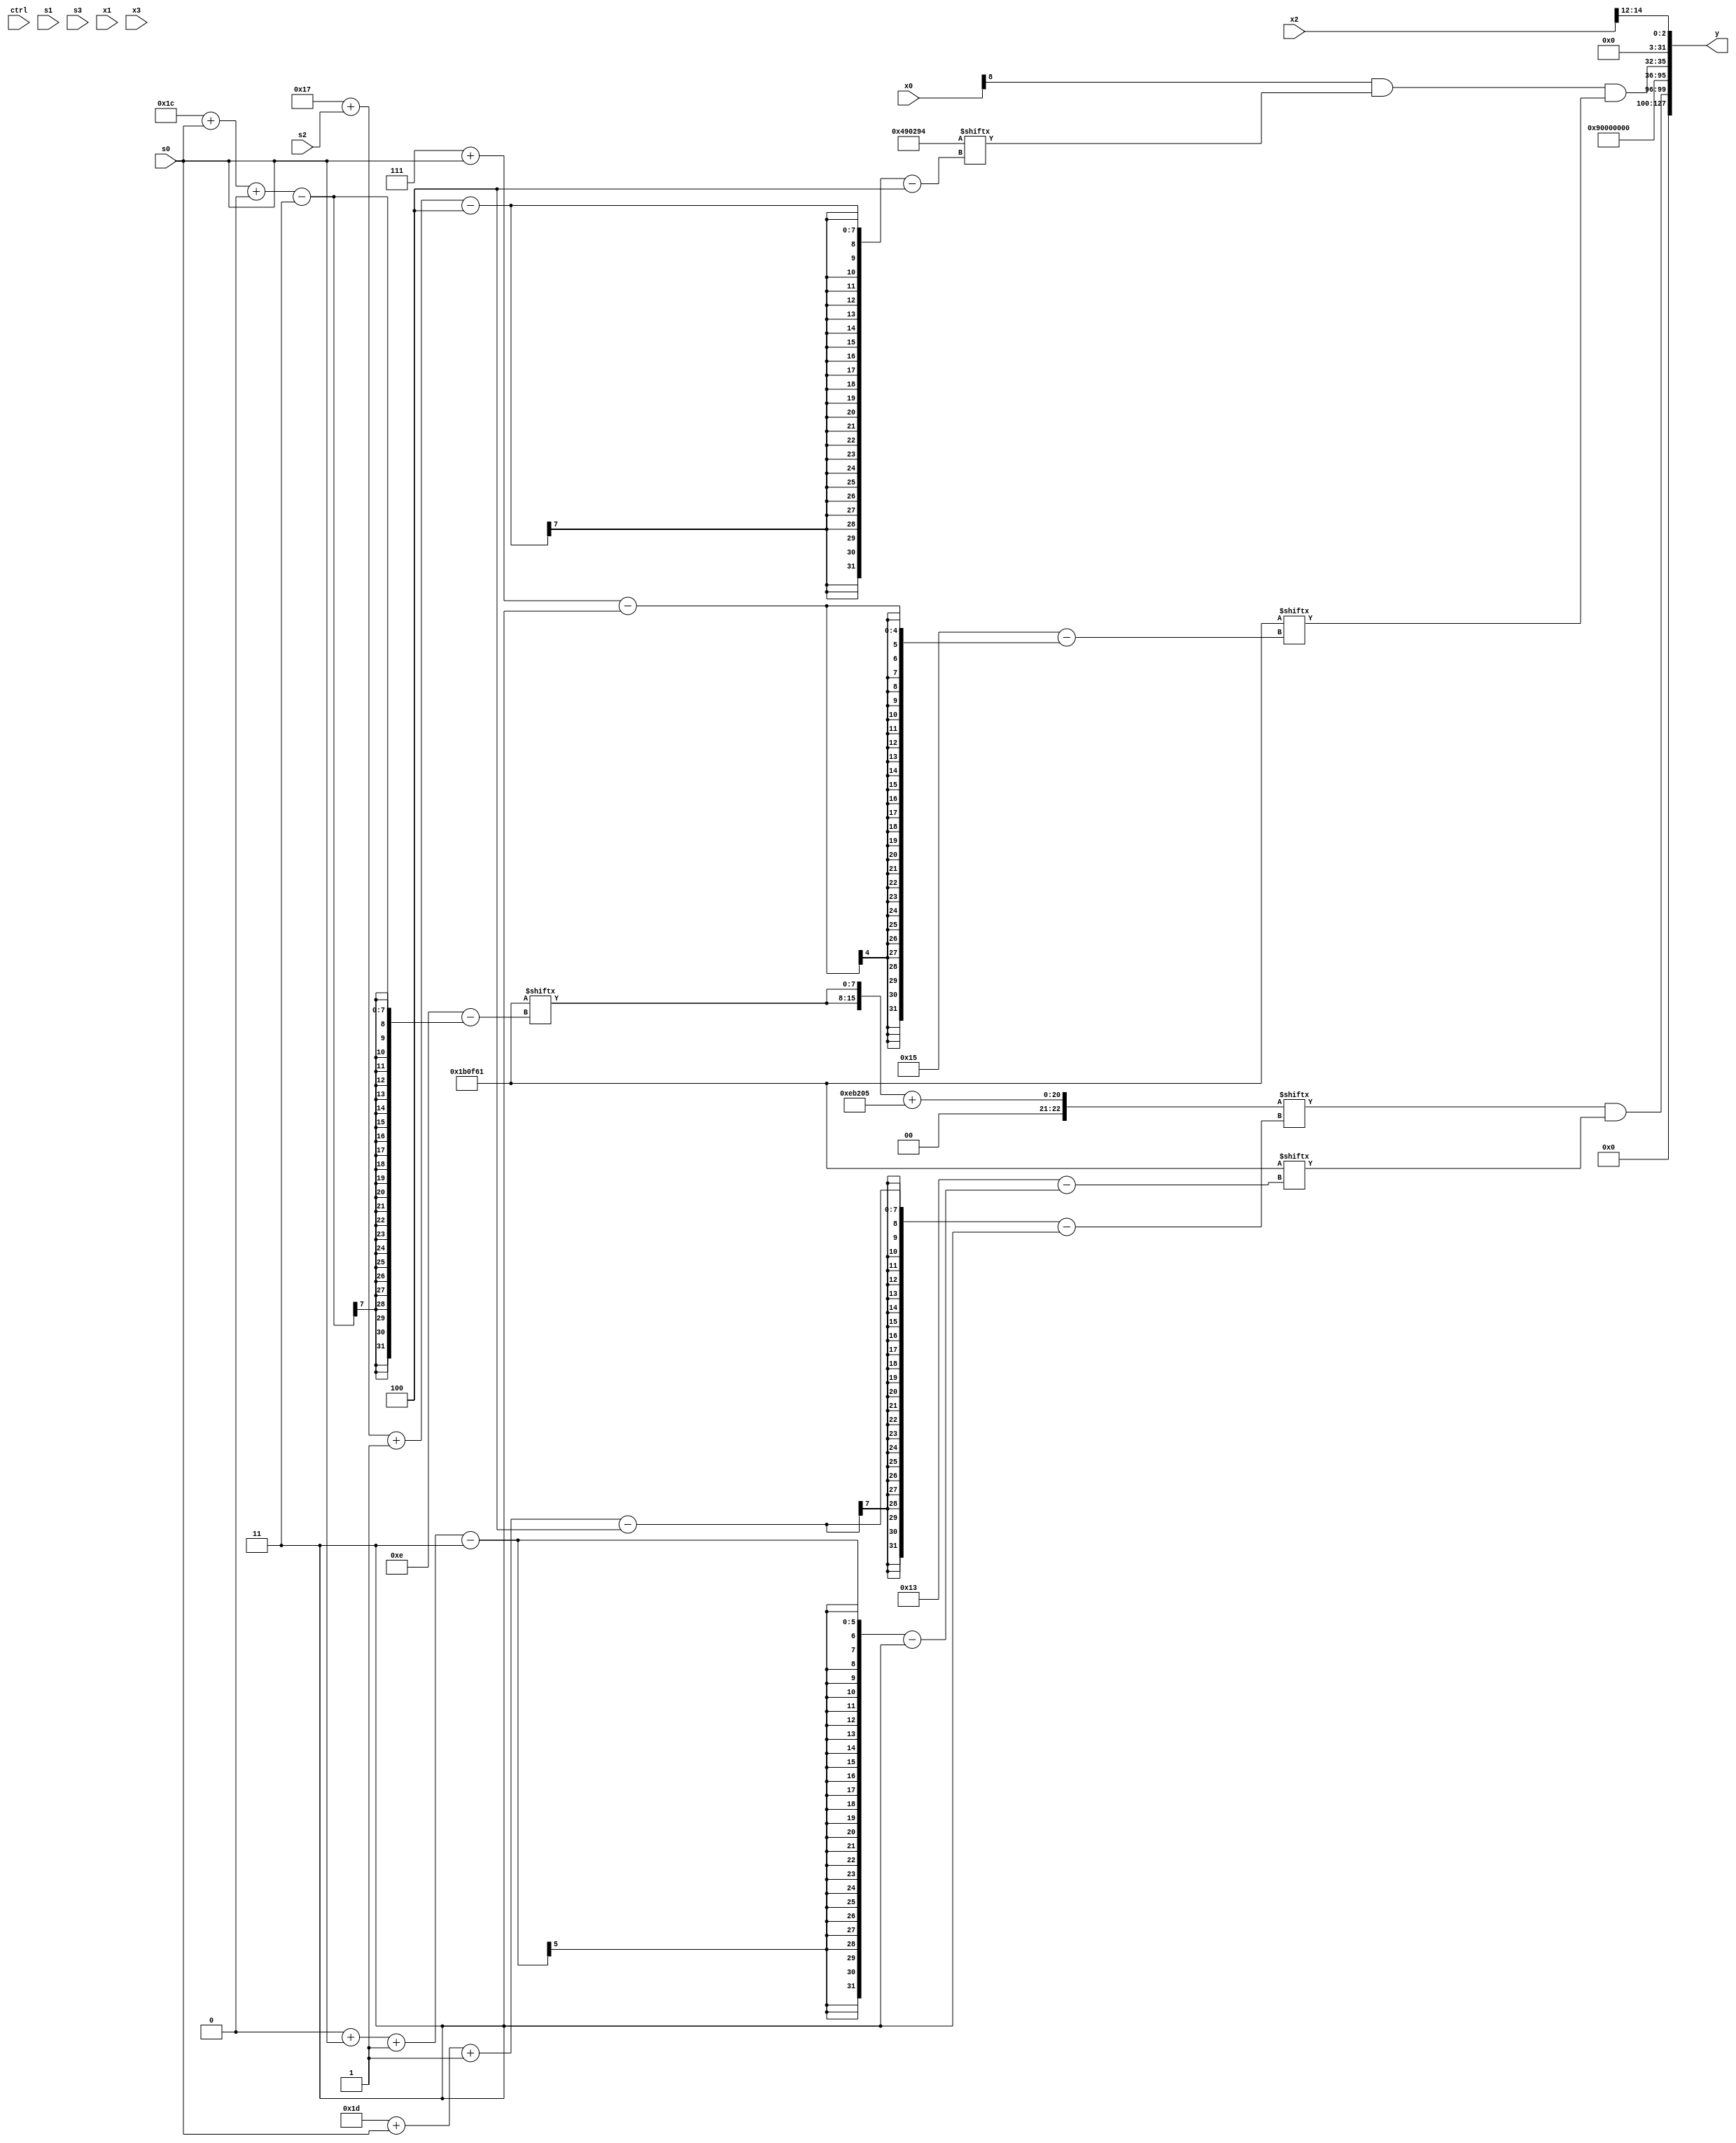
module partsel_00229(ctrl, s0, s1, s2, s3, x0, x1, x2, x3, y);
  input [3:0] ctrl;
  input [2:0] s0;
  input [2:0] s1;
  input [2:0] s2;
  input [2:0] s3;
  input signed [31:0] x0;
  input [31:0] x1;
  input signed [31:0] x2;
  input signed [31:0] x3;
  wire signed [26:4] x4;
  wire signed [4:27] x5;
  wire [3:28] x6;
  wire signed [30:4] x7;
  wire signed [7:29] x8;
  wire [6:26] x9;
  wire [0:26] x10;
  wire signed [0:26] x11;
  wire signed [30:3] x12;
  wire [25:3] x13;
  wire [7:25] x14;
  wire [3:26] x15;
  output [127:0] y;
  wire signed [31:0] y0;
  wire signed [31:0] y1;
  wire [31:0] y2;
  wire signed [31:0] y3;
  assign y = {y0,y1,y2,y3};
  localparam signed [26:7] p0 = 730771973;
  localparam signed [3:24] p1 = 73076577;
  localparam [28:4] p2 = 38339220;
  localparam signed [5:31] p3 = 137032061;
  assign x4 = {2{(ctrl[1] && !ctrl[1] && ctrl[2] ? ({(p3 & x3), (x2[25 + s3 +: 7] & p0[9])} & (p1[19] & p3[21 -: 2])) : (ctrl[2] && ctrl[0] && ctrl[3] ? ({p3, x2} ^ x2[12]) : x0))}};
  assign x5 = p3[9 + s2 +: 1];
  assign x6 = p2;
  assign x7 = ((x0[8] & p2[23 + s2 -: 4]) & p1[7 + s0]);
  assign x8 = x2[12 +: 3];
  assign x9 = (p0[14 +: 1] | p1[13 + s3]);
  assign x10 = x4[19];
  assign x11 = {2{p3}};
  assign x12 = {2{x2}};
  assign x13 = ({2{p1[28 + s0 +: 8]}} + p0);
  assign x14 = {p2[18 + s1 +: 5], p3[17 -: 4]};
  assign x15 = x7[18 + s0];
  assign y0 = (x13[29 + s0 -: 4] & p1[0 + s0 -: 3]);
  assign y1 = p2[23 -: 4];
  assign y2 = x7;
  assign y3 = x8;
endmodule